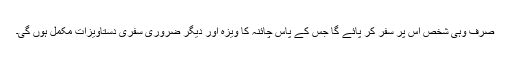
صرف وہی شخص اس پر سفر کر پائے گا جس کے پاس چائنہ کا ویزہ اور دیگر ضروری سفری دستاویزات مکمل ہوں گی۔